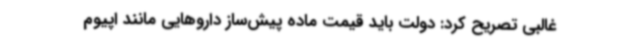
غالبی تصریح کرد: دولت باید قیمت ماده پیش‌ساز داروهایی مانند اپیوم